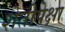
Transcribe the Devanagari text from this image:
शेतीपेक्षा